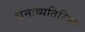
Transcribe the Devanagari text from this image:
धर्माव्यतिरिक्त